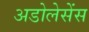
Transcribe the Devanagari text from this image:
अडोलेसेंस